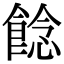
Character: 䭃